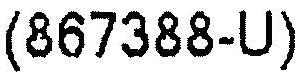
(867388-U)